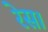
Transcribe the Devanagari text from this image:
रेस।